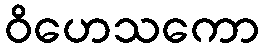
ဝိဟေသကော